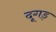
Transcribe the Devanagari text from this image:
दूगड़